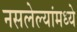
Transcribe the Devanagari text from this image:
नसलेल्यांमध्ये